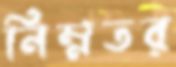
নিম্নতর